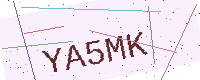
Text: YA5MK